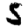
Digit: 5